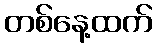
တစ်နေ့ထက်